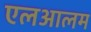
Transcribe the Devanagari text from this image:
एलआलम